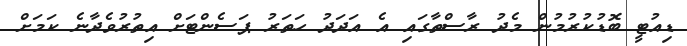
ޑިއުޓީ ބޮޑުކުރުމުން މެދު ރާސްތާގައި އެ އަދަދު ހަތަރު ޕަސެންޓަށް އިތުރުވެދާނެ ކަމަށް